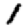
Digit: 1